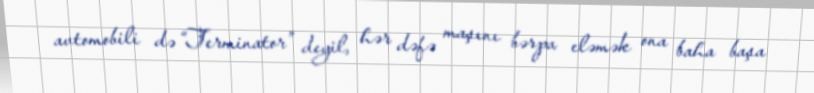
avtomobili də “Terminator” deyil, hər dəfə maşını bərpa eləmək ona baha başa